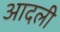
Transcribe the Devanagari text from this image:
आदली